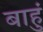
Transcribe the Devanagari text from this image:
बाहुं